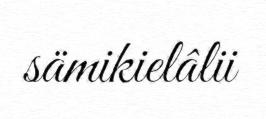
sämikielâlii